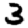
Digit: 3